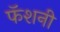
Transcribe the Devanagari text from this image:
फॅशनी